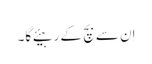
اِن سے بچ کے رہیئے گا۔